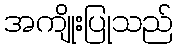
အကျိုးပြုသည်